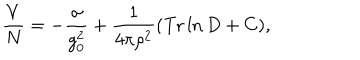
\frac { V } { N } = - \frac { \sigma } { g _ { 0 } ^ { 2 } } + \frac { 1 } { 4 \pi \rho ^ { 2 } } ( \mathrm { T r } \ln D + C ) ,